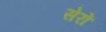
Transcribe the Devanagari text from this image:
सेरों